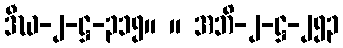
ဒီဃ-၂-ဋ္ဌ-၃၁၅။ ။ အဘိ-၂-ဋ္ဌ-၂၅၃